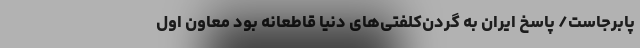
پابرجاست/ پاسخ ایران به گردن‌کلفتی‌های دنیا قاطعانه بود معاون اول